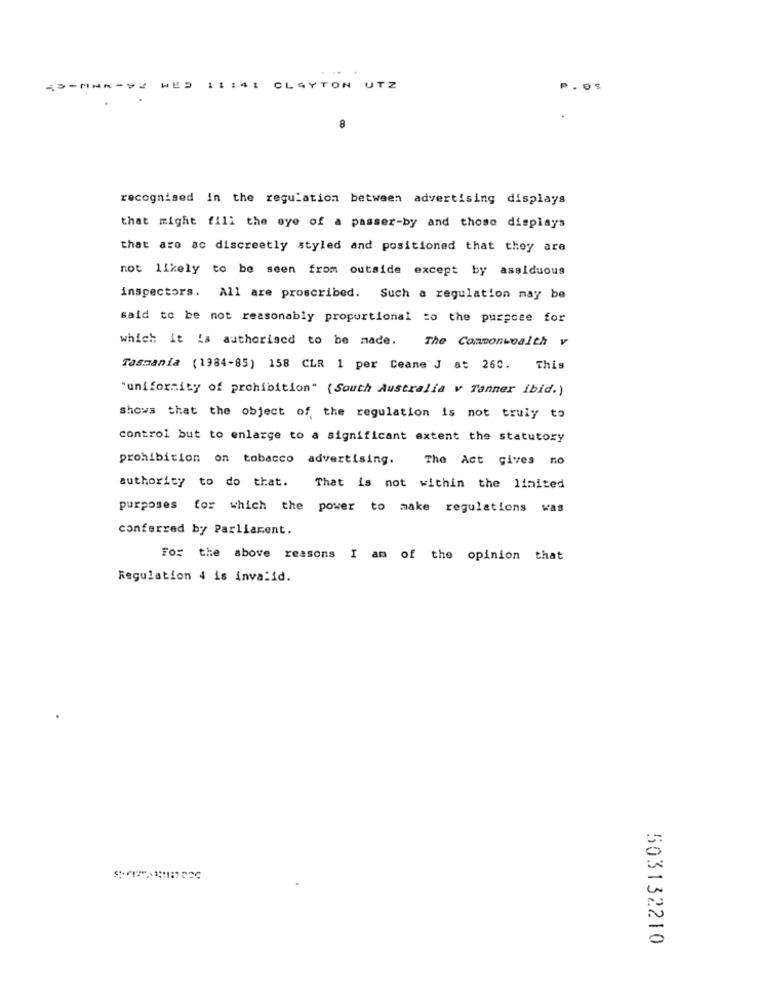
AP-MAR-2 WED
11 :41
CLAYTON UTZ
8
recognised in the regulation between advertising displays
that might fill the eye of a passer-by and those displays
that are ac discreetly styled and positioned that they are
not likely to be seen from outside except by assiduous
inspectors. All are proscribed. Such a regulation may be
said to be not reasonably proportional to the purpose for
which it is authorised to be made. The Commonwealth v
Tasmania (1984-85) 158 CLR 1 per Ceane J at 260. This
"uniformity of prohibition" (South Australia v Tanner ibid.)
shows that the object of the regulation is not truly to
control but to enlarge to a significant extent the statutory
prohibition on tobacco advertising.
The Act gives no
authority to do that. That is not within the limited
purposes for which the power to make regulations was
conferred by Parliament.
For the above reasons I am of the opinion that
Regulation 4 is invalid.
503132210